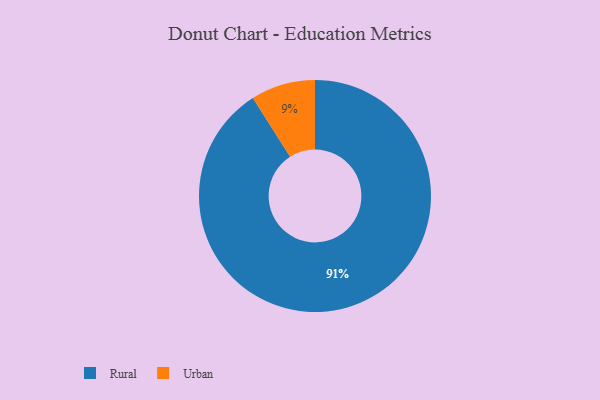
{"axis": {"x": "Category", "y": "Percentage"}, "legend": ["Rural", "Urban"], "data": [{"x": "Urban", "y": 9, "type": "Urban"}, {"x": "Rural", "y": 91, "type": "Rural"}]}